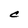
Character: C